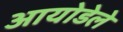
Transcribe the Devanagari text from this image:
आयोडेले